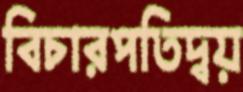
বিচারপতিদ্বয়